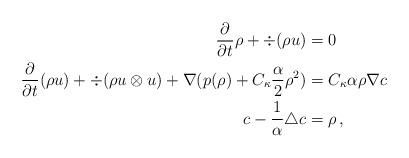
LaTeX: \begin{align*} \frac{\partial}{\partial t} \rho + \div(\rho u) &=0\\\frac{\partial}{\partial t} (\rho u) + \div (\rho u \otimes u) + \nabla (p(\rho) + C_\kappa \frac{\alpha}{2} \rho^2)&= C_\kappa\alpha \rho \nabla c\\ c - \frac{1}{\alpha}\triangle c &= \rho\, , \end{align*}